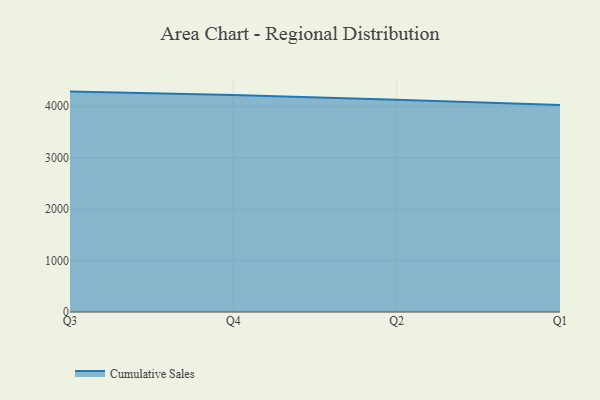
{"axis": {"x": "Quarter", "y": "LTV (USD)"}, "legend": ["Cumulative Sales"], "data": [{"x": "Q3", "y": 4284.5, "type": "Cumulative Sales"}, {"x": "Q4", "y": 4219.3, "type": "Cumulative Sales"}, {"x": "Q2", "y": 4128.1, "type": "Cumulative Sales"}, {"x": "Q1", "y": 4025.5, "type": "Cumulative Sales"}]}